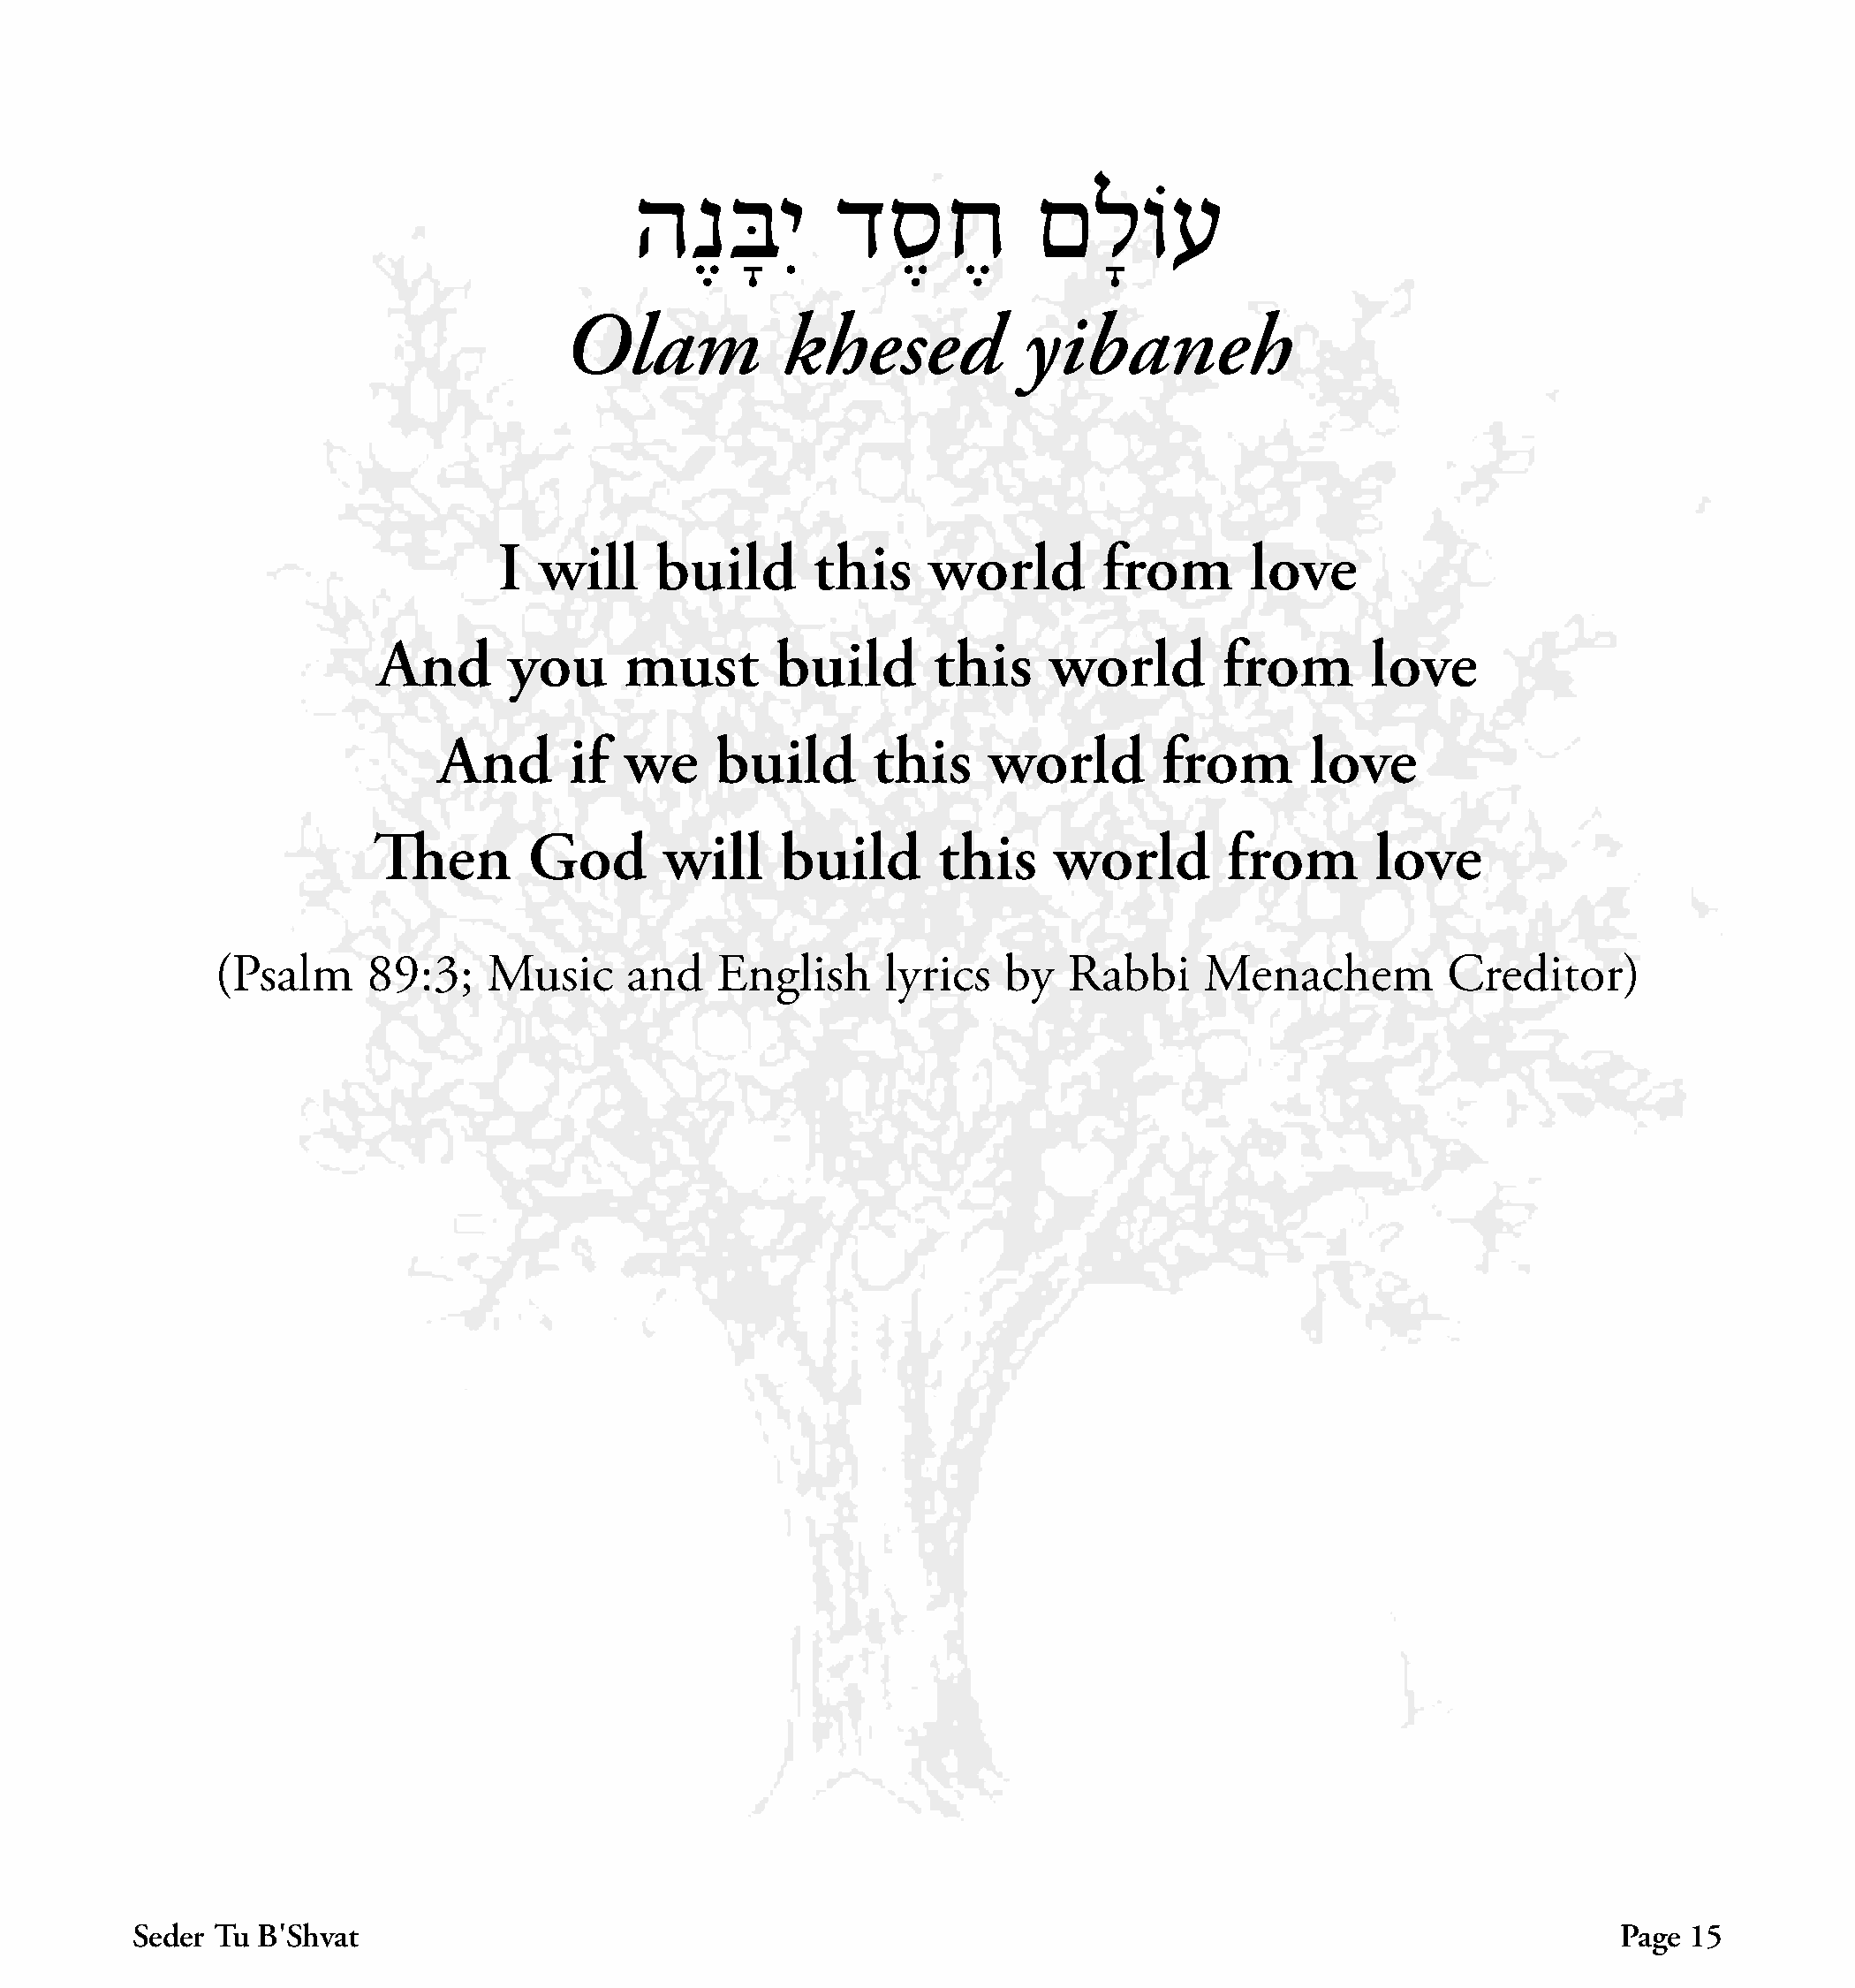
הנֶ    בָּ יִ   דסֶ     חֶ     םלָ     וֹע
 Olam             khesed            yibaneh
 I  will     build       this     world        from       love
 And       you      must       build       this     world        from       love
 And       if  we     build      this     world        from       love
 Then        God       will    build       this     world        from       love
 (Psalm     89:3;    Music      and    English     lyrics   by   Rabbi     Menachem          Creditor)
 Seder Tu B׳Shvat                                                                                               Page  15